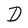
Character: D